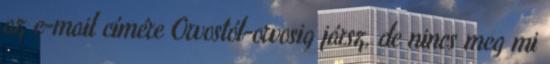
az e-mail címére Orvostól-orvosig jársz, de nincs meg mi